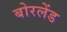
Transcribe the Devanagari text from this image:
बोरलेंड